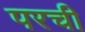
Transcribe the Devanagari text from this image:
परची